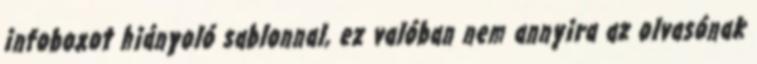
infoboxot hiányoló sablonnal, ez valóban nem annyira az olvasónak